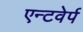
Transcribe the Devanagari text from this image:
एन्टवेर्प